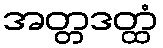
အတ္တဒတ္ထံ